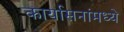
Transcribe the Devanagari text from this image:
कार्यासनांमध्ये